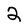
Character: 2